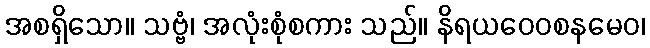
အစရှိသော။ သဗ္ဗံ၊ အလုံးစုံစကား သည်။ နိရယဝေဝစနမေဝ၊